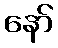
နော်